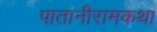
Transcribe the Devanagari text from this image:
पातानीरामकथा